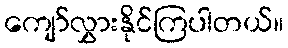
ကျော်လွှားနိုင်ကြပါတယ်။